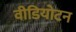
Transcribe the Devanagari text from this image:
वीडियोटन